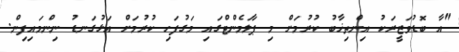
"އާ ބޮޑުވަޒީރަކު އިންތިޚާބު ކުރުމަށް މި ޕާލަމެންޓްގައި މަގުފަހި ކުރުމަށް އަޅުގަނޑު ނިންމައިފިން.